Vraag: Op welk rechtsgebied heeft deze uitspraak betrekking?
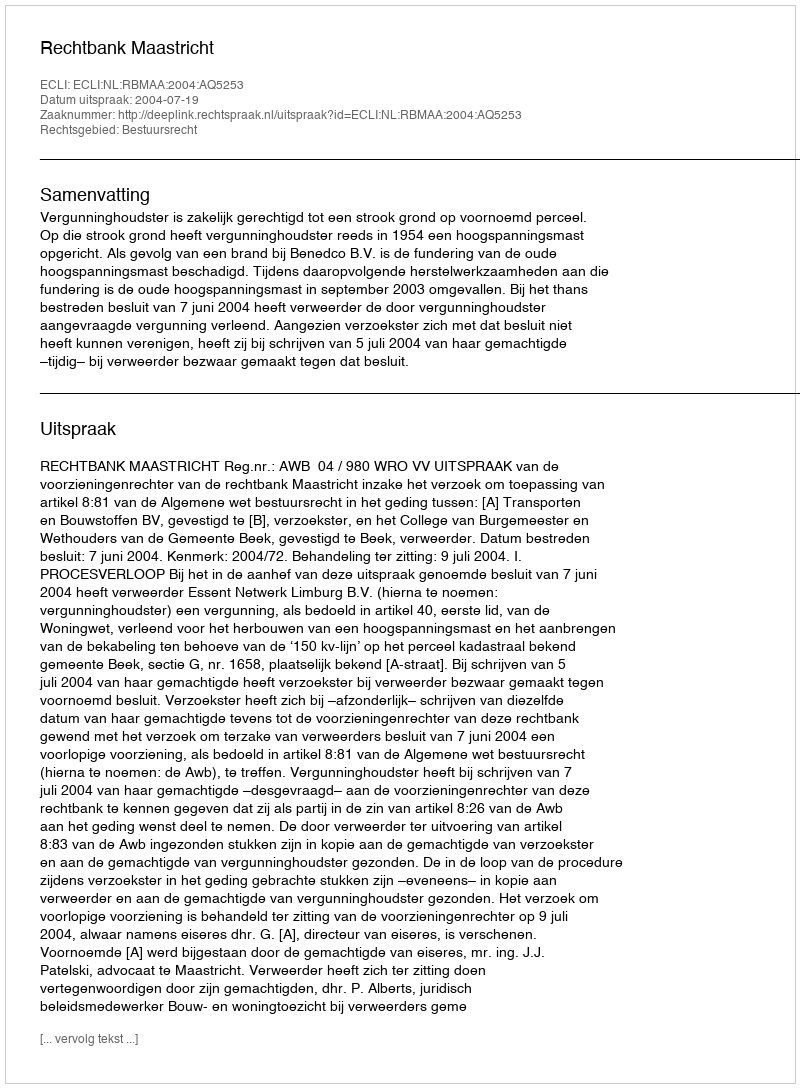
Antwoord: Bestuursrecht